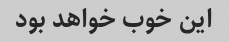
این خوب خواهد بود